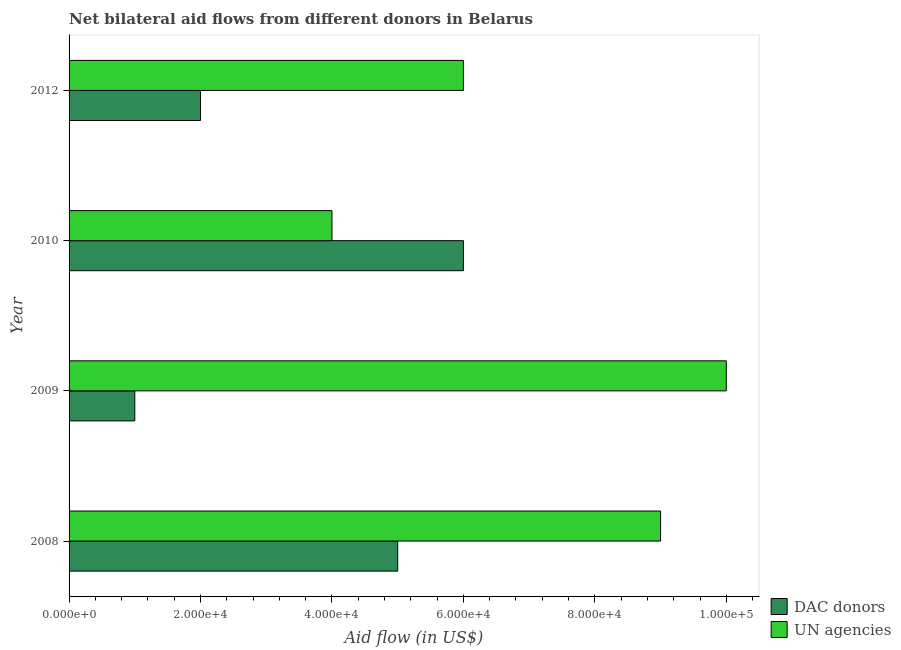
| Year | DAC donors | UN agencies |
 | --- | --- | --- |
 | 2008 | 5e+04 | 9e+04 |
 | 2009 | 1e+04 | 1e+05 |
 | 2010 | 6e+04 | 4e+04 |
 | 2012 | 2e+04 | 6e+04 |